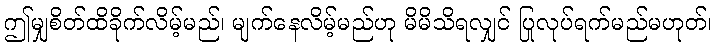
ဤမျှစိတ်ထိခိုက်လိမ့်မည်၊ မျက်နေလိမ့်မည်ဟု မိမိသိရလျှင် ပြုလုပ်ရက်မည်မဟုတ်၊